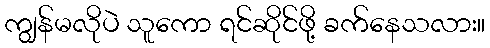
ကျွန်မလိုပဲ သူကော ရင်ဆိုင်ဖို့ ခက်နေသလား။